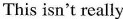
This isn't really